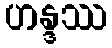
ဟန္ဒဿ